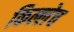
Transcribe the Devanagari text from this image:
किल्लेच